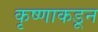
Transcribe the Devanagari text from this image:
कृष्णाकडून